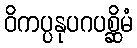
ဝိကပ္ပနုပဂပစ္ဆိမံ